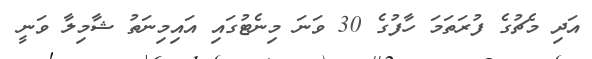
އަދި މެޗުގެ ފުރަތަމަ ހާފުގެ 30 ވަނަ މިނެޓުގައި އައިމިނަތު ޝާމިލާ ވަނީ